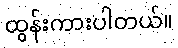
ထွန်းကားပါတယ်။